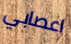
اعصابي